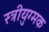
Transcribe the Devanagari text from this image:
स्त्रीयुग्मक